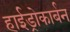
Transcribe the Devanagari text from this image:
हाईड्रोकार्बन